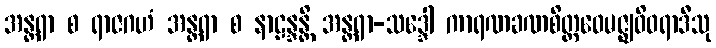
အန္တရာ စ ရာဇဂဟံ အန္တရာ စ နာဠန္ဒန္တိ အန္တရာ-သဒ္ဒေါ ကာရဏခဏစိတ္တဝေမဇ္ဈဝိဝရာဒီသု